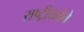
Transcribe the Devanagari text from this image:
राष्ट्रीयतेने